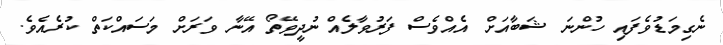
ނެގިމަޑުވެފައި ހުންނަ ޝަބާއަށް އެއްވެސް ފަރުވާލެއް ނުދީވޭތޯ އޭނާ ވަރަށް މަސައްކަތް ކުރެއެވެ.